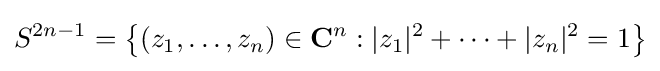
S^{2n-1}=\left\{(z_{1},\ldots ,z_{n})\in \mathbf {C} ^{n}:|z_{1}|^{2}+\cdots +|z_{n}|^{2}=1\right\}